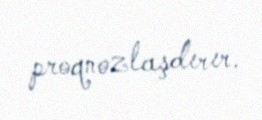
proqnozlaşdırır.